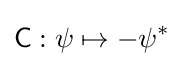
{\mathsf {C}}:\psi \mapsto -\psi ^{*}